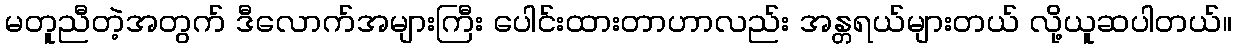
မတူညီတဲ့အတွက် ဒီလောက်အများကြီး ပေါင်းထားတာဟာလည်း အန္တရယ်များတယ် လို့ယူဆပါတယ်။